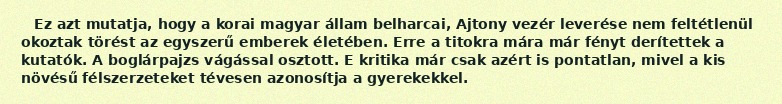
Ez azt mutatja, hogy a korai magyar állam belharcai, Ajtony vezér leverése nem feltétlenül okoztak törést az egyszerű emberek életében. Erre a titokra mára már fényt derítettek a kutatók. A boglárpajzs vágással osztott. E kritika már csak azért is pontatlan, mivel a kis növésű félszerzeteket tévesen azonosítja a gyerekekkel.